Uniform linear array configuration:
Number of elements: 12
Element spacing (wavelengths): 1
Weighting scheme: uniform
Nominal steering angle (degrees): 45
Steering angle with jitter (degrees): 46.03
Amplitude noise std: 0.05
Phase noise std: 0.05

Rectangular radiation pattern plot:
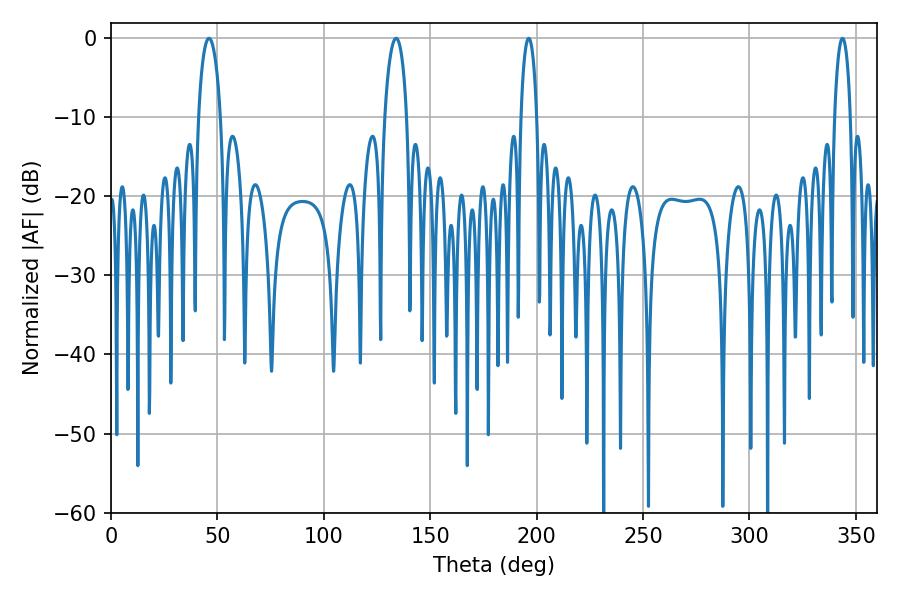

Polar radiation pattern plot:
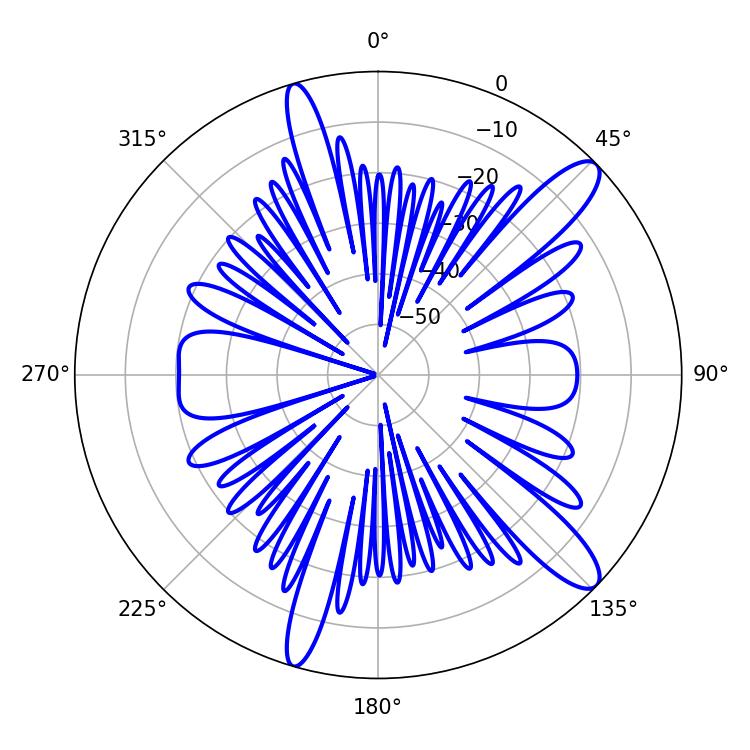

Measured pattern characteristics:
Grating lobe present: TRUE
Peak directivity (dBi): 12.298
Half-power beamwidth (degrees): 5.94
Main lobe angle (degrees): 46.08